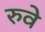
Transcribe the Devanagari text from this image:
रुवे